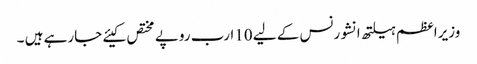
وزیراعظم ہیلتھ انشورنس کے لیے 10ارب روپے مختص کیئے جارہے ہیں ۔